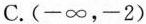
C. (-∞，-2)